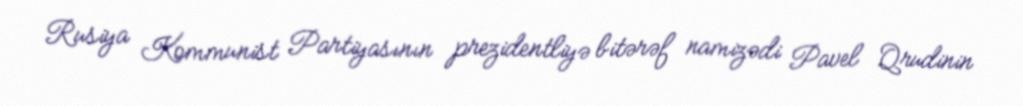
Rusiya Kommunist Partiyasının prezidentliyə bitərəf namizədi Pavel Qrudinin